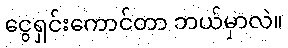
ငွေရှင်းကောင်တာ ဘယ်မှာလဲ။